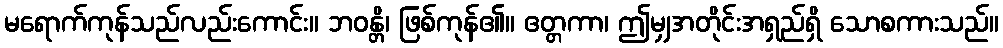
မရောက်ကုန်သည်လည်းကောင်း။ ဘဝန္တိ၊ ဖြစ်ကုန်၏။ ဧတ္တကာ၊ ဤမျှအတိုင်းအရှည်ရှိ သောစကားသည်။